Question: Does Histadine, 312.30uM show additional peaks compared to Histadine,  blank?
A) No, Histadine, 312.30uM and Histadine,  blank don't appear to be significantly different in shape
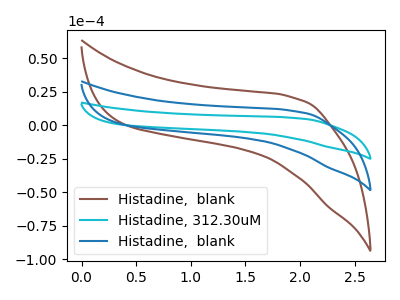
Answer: <think>The brown curve "Histadine,  blank" has no peaks. The cyan curve "Histadine, 312.30uM" has no peaks. The blue curve "Histadine,  blank" has no peaks.
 Neither "Histadine, 312.30uM" or "Histadine,  blank" have any peaks.</think>
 <answer>A) No, "Histadine, 312.30uM" and "Histadine,  blank" don't appear to be significantly different in shape</answer>
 <eval>A</eval>